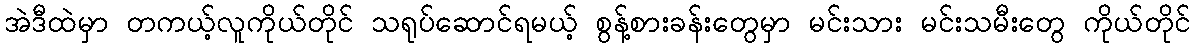
အဲဒီထဲမှာ တကယ့်လူကိုယ်တိုင် သရုပ်ဆောင်ရမယ့် စွန့်စားခန်းတွေမှာ မင်းသား မင်းသမီးတွေ ကိုယ်တိုင်